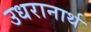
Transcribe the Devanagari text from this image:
उधरानार्थ